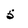
Character: 5